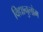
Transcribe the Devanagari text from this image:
विद्यानुलोम